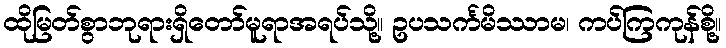
ထိုမြတ်စွာဘုရားရှိတော်မူရာအရပ်သို့။ ဥပသင်္ကမိဿာမ၊ ကပ်ကြကုန်စို့။